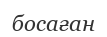
босаған